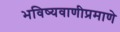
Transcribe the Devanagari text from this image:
भविष्यवाणीप्रमाणे